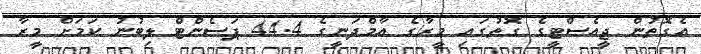
އެގޮތުން ޖީއެސްޓީގެ ގޮތުގައި މީރާގެ އާމްދަނީގެ 44.4 ޕަސެންޓް ލިބުނު ކަމަށް މީރާ